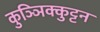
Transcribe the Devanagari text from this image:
कुञ्ञिक्कुट्टन